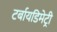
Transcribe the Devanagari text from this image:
टर्बायडिमेट्री